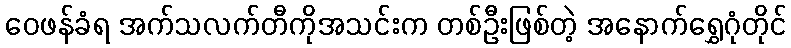
ဝေဖန်ခံရ အက်သလက်တီကိုအသင်းက တစ်ဦးဖြစ်တဲ့ အနောက်ရွှေဂုံတိုင်